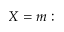
X = m :